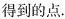
得到的点。